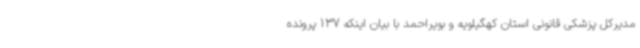
مدیرکل پزشکی قانونی استان کهگیلویه و بویراحمد با بیان اینکه 137 پرونده